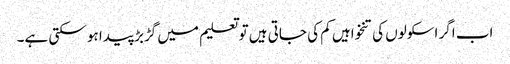
اب اگر اسکولوں کی تنخواہیں کم کی جاتی ہیں تو تعلیم میں گڑبڑ پیدا ہو سکتی ہے۔